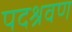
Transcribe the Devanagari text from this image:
पदश्रवण